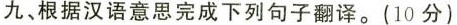
九、根据汉语意思完成下列句子翻译。(10分)